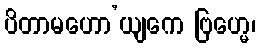
ပိတာမဟော’ယျကေ ဗြဟ္မေ၊